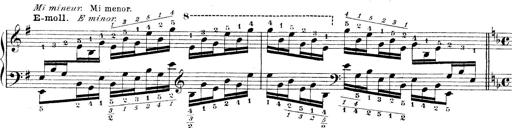
Title: Technische Studien
Composer: Franz Liszt